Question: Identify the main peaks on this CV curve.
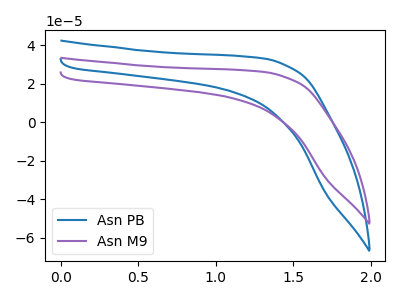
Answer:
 <answer>The blue curve "Asn PB" has no peaks. The purple curve "Asn M9" has no peaks.</answer>
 <eval></eval>